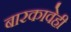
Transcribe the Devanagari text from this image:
बारकावेही